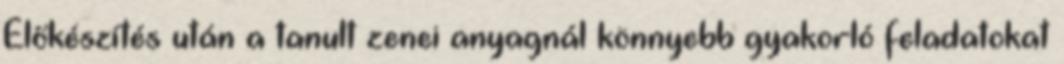
Előkészítés után a tanult zenei anyagnál könnyebb gyakorló feladatokat